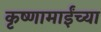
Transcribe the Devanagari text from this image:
कृष्णामाईंच्या